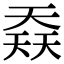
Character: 𡙎